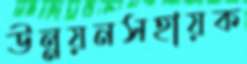
উন্নয়নসহায়ক